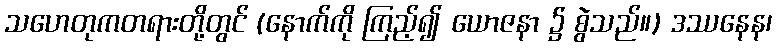
သဟေတုကတရားတို့တွင် (နောက်ကို ကြည့်၍ ယောဇနာ ၌ စွဲသည်။) ဒဿနေန၊